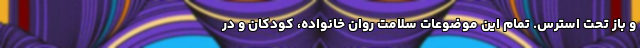
و باز تحت استرس. تمام این موضوعات سلامت روان خانواده، کودکان و در